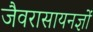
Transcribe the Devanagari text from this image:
जैवरासायनज्ञों